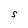
Character: S